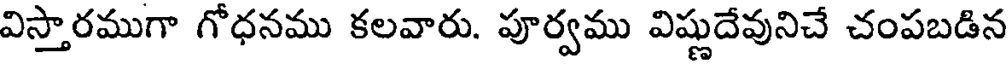
విస్తారముగా గోధనము కలవారు. పూర్వము విష్ణుదేవునిచే చంపబడిన